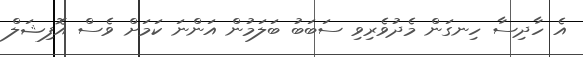
އެ ހާދިސާ ހިނގަން މެދުވެރިވި ސަބަބު ބަލަމުން އަންނަ ކަމަށް ވެސް އޮފިޝަލް